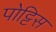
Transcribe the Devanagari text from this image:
पोट्टिस